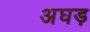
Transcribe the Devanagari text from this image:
अघड़